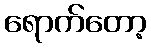
ရောက်တော့